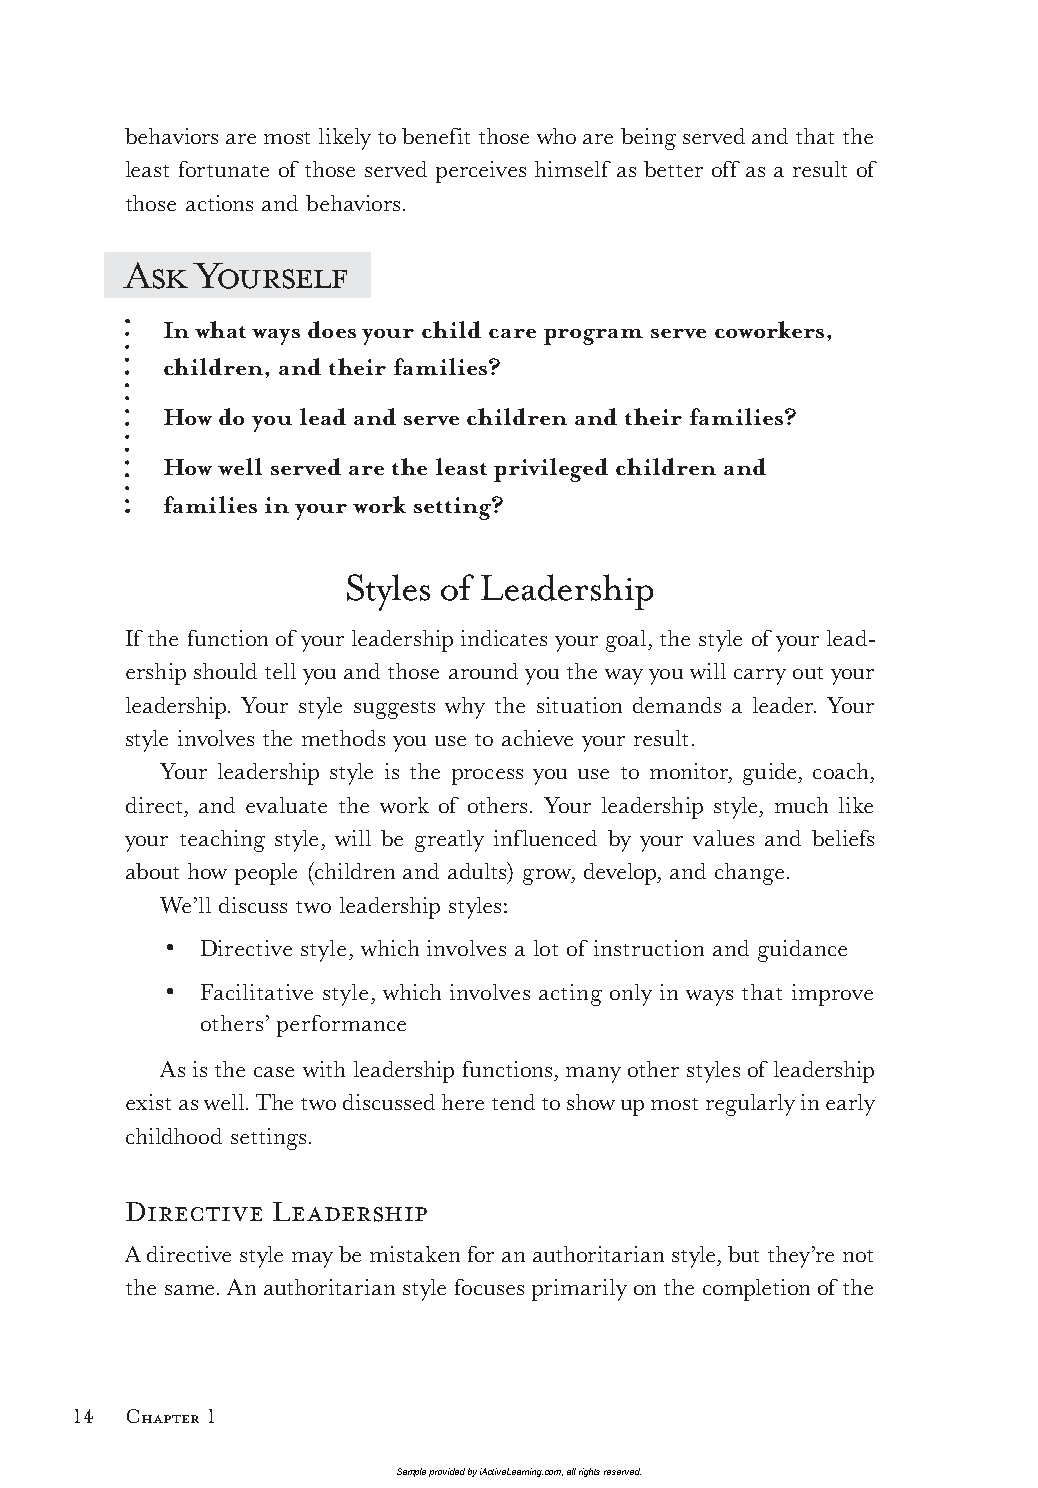
behaviors are most likely to benefit those who are being served and that the
 least fortunate of those served perceives himself as better off as a result of
 those actions and behaviors.
 Ask  Yourself
 In what ways does your child care program serve coworkers,
 children, and their families?
 How do you lead and serve children and their families?
 How well served are the least privileged children and
 families in your work setting?
 Styles of Leadership
 If the function of your leadership indicates your goal, the style of your lead-
 ership should tell you and those around you the way you will carry out your
 leadership. Your style suggests why the situation demands a leader. Your
 style involves the methods you use to achieve your result.
 Your leadership style is the process you use to monitor, guide, coach,
 direct, and evaluate the work of others. Your leadership style, much like
 your teaching style, will be greatly influenced by your values and beliefs
 about how people (children and adults) grow, develop, and change.
 We’ll discuss two leadership styles:
 •  Directive style, which involves a lot of instruction and guidance
 •  Facilitative style, which involves acting only in ways that improve
 others’ performance
 As is the case with leadership functions, many other styles of leadership
 exist as well. The two discussed here tend to show up most regularly in early
 childhood settings.
 Directive Leadership
 A directive style may be mistaken for an authoritarian style, but they’re not
 the same. An authoritarian style focuses primarily on the completion of the
 14  Chapter 1
 Sample provided by iActiveLearning.com, all rights reserved.
 LTL2_FINALpp.indd 14                                        11/4/09 3:21:08 PM